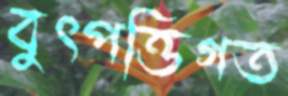
বুৎপত্তিগত